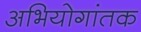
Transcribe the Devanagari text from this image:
अभियोगांतक